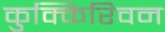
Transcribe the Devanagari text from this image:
कुक्किरिवन